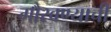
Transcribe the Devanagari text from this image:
गौरवण्याची